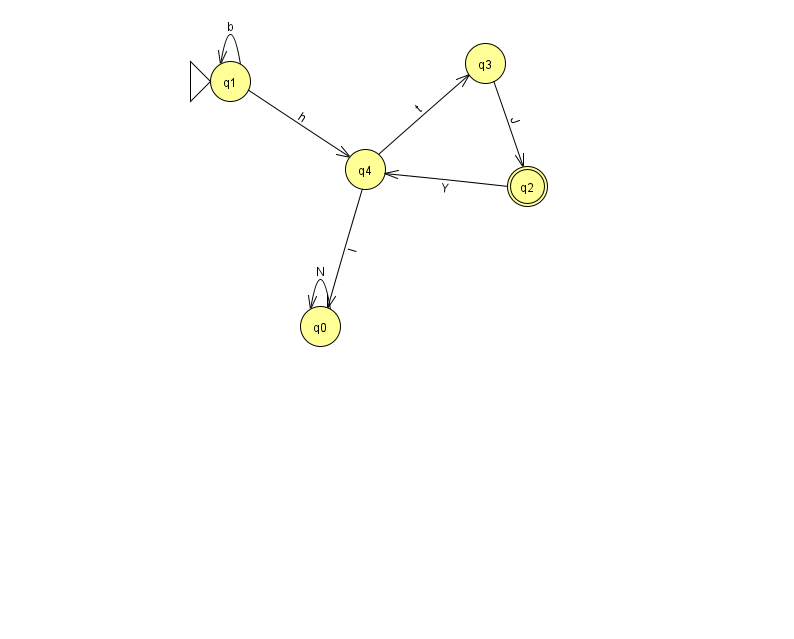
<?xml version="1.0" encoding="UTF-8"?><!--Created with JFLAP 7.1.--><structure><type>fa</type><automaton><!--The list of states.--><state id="0" name="q0"><x>320.0</x><y>313.0</y></state><state id="1" name="q1"><x>230.0</x><y>68.0</y><initial/></state><state id="2" name="q2"><x>527.0</x><y>173.0</y><final/></state><state id="3" name="q3"><x>485.0</x><y>50.0</y></state><state id="4" name="q4"><x>365.0</x><y>156.0</y></state><!--The list of transitions.--><transition><from>3</from><to>2</to><read>J</read></transition><transition><from>1</from><to>1</to><read>b</read></transition><transition><from>1</from><to>4</to><read>h</read></transition><transition><from>4</from><to>0</to><read>I</read></transition><transition><from>4</from><to>3</to><read>t</read></transition><transition><from>2</from><to>4</to><read>Y</read></transition><transition><from>0</from><to>0</to><read>N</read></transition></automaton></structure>